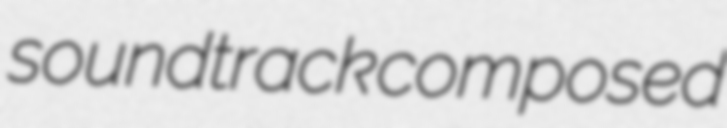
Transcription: soundtrack composed